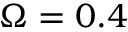
\Omega = 0 . 4